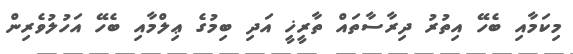
މިކަމާއި ބެހޭ އިތުރު ދިރާސާތައް ތާރީޚީ އަދި ބިމުގެ ޢިލްމާއި ބެހޭ އަހުލުވެރިން